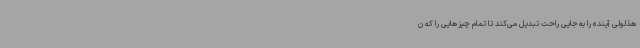
هذلولی آینده را به جایی راحت تبدیل می‌کند تا تمام چیزهایی را که ن